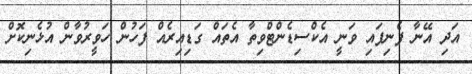
އަދި އޭނާ ފެނިފައި ވަނީ އެކްސިޑެންޓްވިތާ އެތައް ގަޑިއިރެއް ފަހުން ހަވީރުވާން އުޅެނިކޮށް